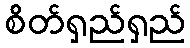
စိတ်ရှည်ရှည်